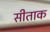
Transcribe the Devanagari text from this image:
सीताक